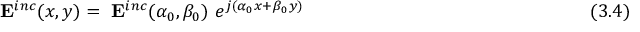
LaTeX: ~ \mathbf { E } ^ { i n c } ( x , y ) = ~ \mathbf { E } ^ { i n c } ( \alpha _ { 0 } , \beta _ { 0 } ) ~ e ^ { j ( \alpha _ { 0 } x + \beta _ { 0 } y ) } ~ ~ ~ ~ ~ ~ ~ ~ ~ ~ ~ ~ ~ ~ ~ ~ ~ ~ ~ ~ ~ ~ ~ ~ ~ ~ ~ ~ ~ ~ ~ ~ ~ ~ ~ ~ ~ ~ ~ ~ ~ ~ ~ ~ ~ ~ ( 3 . 4 )